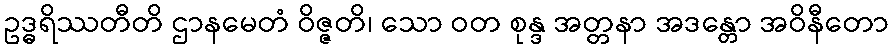
ဥဒ္ဓရိဿတီတိ ဌာနမေတံ ဝိဇ္ဇတိ၊ သော ဝတ စုန္ဒ အတ္တနာ အဒန္တော အဝိနီတော